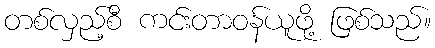
တစ်လှည့်စီ ကင်းတာဝန်ယူဖို့ ဖြစ်သည်။